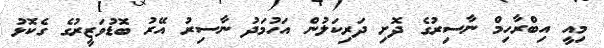
މިއީ އިބްރާހިމް ނާސިރުގެ ދޮށި ދަރިކަލުން އަހުމަދު ނާސިރު އޭރު ބޮޑުވަޒީރުގެ ގެކޮޅު